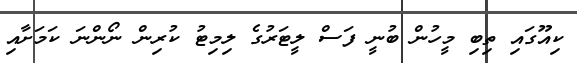
ކިއޫގައި ތިބި މީހުން ބުނީ ފަސް ލީޓަރުގެ ލިމިޓު ކުރިން ނޯންނަ ކަމަށާއި